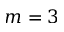
m = 3